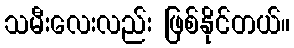
သမီးလေးလည်း ဖြစ်နိုင်တယ်။